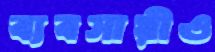
ব্যবসায়ীও